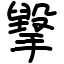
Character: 㩓